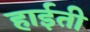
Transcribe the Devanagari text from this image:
हाईती